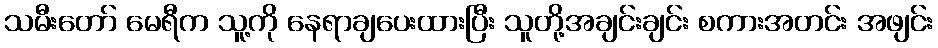
သမီးတော် မေရီက သူ့ကို နေရာချပေးထားပြီး သူတို့အချင်းချင်း စကားအတင်း အဖျင်း